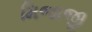
મિજાજી